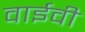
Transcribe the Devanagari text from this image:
वाईवी